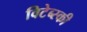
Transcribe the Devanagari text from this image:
विटेब्स्की